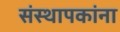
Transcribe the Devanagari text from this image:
संस्थापकांना